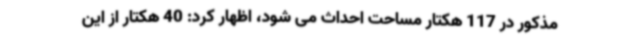
مذکور در 117 هکتار مساحت احداث می شود، اظهار کرد: 40 هکتار از این